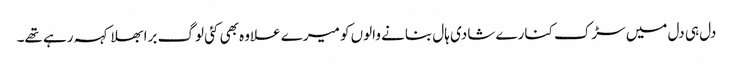
دل ہی دل میں سڑک کنارے شادی ہال بنانے والوں کو میرے علاوہ بھی کئی لوگ برا بھلا کہہ رہے تھے۔